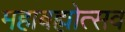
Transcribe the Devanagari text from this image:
महाबह्मोत्‍सव